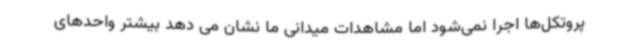
پروتکل‌ها اجرا نمی‌شود اما مشاهدات میدانی ما نشان می دهد بیشتر واحدهای